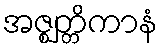
အဇ္ဈတ္တိကာနံ